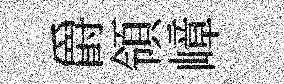
爵領嶂